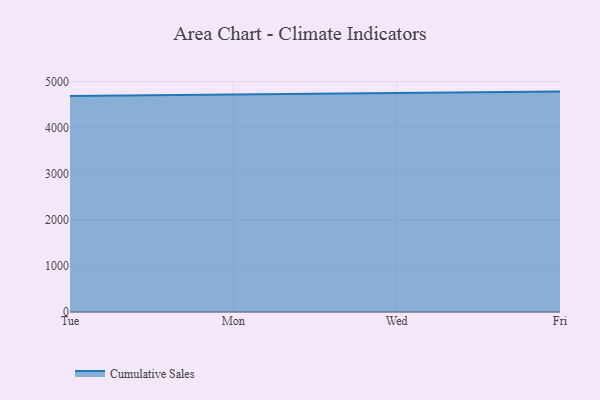
{"axis": {"x": "Day", "y": "Energy Usage (MWh)"}, "legend": ["Cumulative Sales"], "data": [{"x": "Tue", "y": 4686.6, "type": "Cumulative Sales"}, {"x": "Mon", "y": 4716.5, "type": "Cumulative Sales"}, {"x": "Wed", "y": 4745.7, "type": "Cumulative Sales"}, {"x": "Fri", "y": 4782.7, "type": "Cumulative Sales"}]}